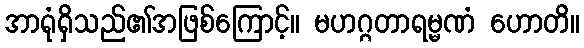
အာရုံရှိသည်၏အဖြစ်ကြောင့်။ မဟဂ္ဂတာရမ္မဏံ ဟောတိ။